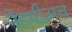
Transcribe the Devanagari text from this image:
नेहमीअच